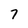
Character: 7